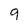
Character: 9